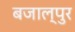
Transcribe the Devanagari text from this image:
बजाल्पुर